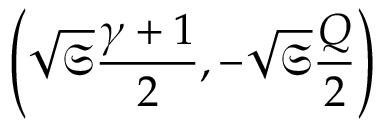
\left( \sqrt { \mathfrak { S } } \frac { \gamma + 1 } { 2 } , - \sqrt { \mathfrak { S } } \frac { Q } { 2 } \right)